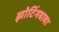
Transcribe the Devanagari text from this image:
झोटिंगबाबा